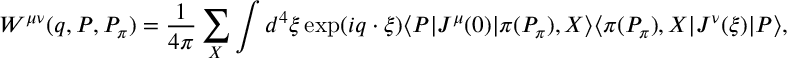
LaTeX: W ^ { \mu \nu } ( q , P , P _ { \pi } ) = \frac { 1 } { 4 \pi } \sum _ { X } \int d ^ { 4 } \xi \exp ( i q \cdot \xi ) \langle P | J ^ { \mu } ( 0 ) | \pi ( P _ { \pi } ) , X \rangle \langle \pi ( P _ { \pi } ) , X | J ^ { \nu } ( \xi ) | P \rangle ,